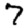
Digit: 7